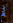
لم